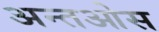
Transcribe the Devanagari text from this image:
अन्तओस